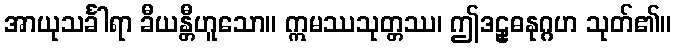
အာယုသင်္ခါရာ ခီယန္တီဟူသော။ ဣမဿသုတ္တဿ၊ ဤဒဠှဓနုဂ္ဂဟ သုတ်၏။